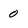
Character: 0